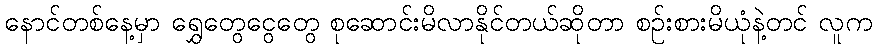
နောင်တစ်နေ့မှာ ရွှေတွေငွေတွေ စုဆောင်းမိလာနိုင်တယ်ဆိုတာ စဉ်းစားမိယုံနဲ့တင် လူက